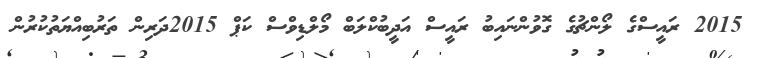
2015 ރައީސްގެ ލޯންޗުގެ ގޮވުންނައިބު ރައީސް އަދީބުކްލަބް މޯލްޑިވްސް ކަޕް 2015ދަރިން ތަރުބިއްޔަތުކުރުން